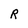
Character: R